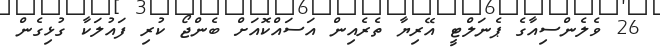
26 ވެލެންސިއާގެ ޕެނަލްޓީ އޭރިޔާ ތެރެއިން އަސައްކޮއަށް ބެންޖޯ ކުރި ފައުލަކާ ގުޅިގެން